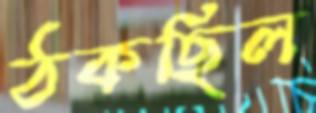
ঠকছিল